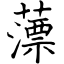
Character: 薸